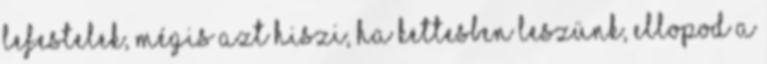
lefestelek, mégis azt hiszi, ha kettesben leszünk, ellopod a